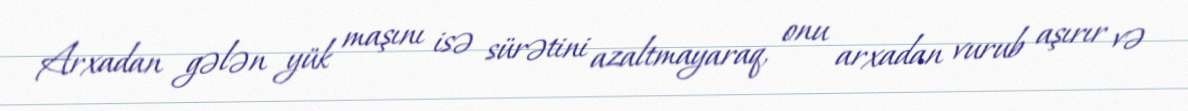
Arxadan gələn yük maşını isə sürətini azaltmayaraq, onu arxadan vurub aşırır və